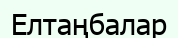
Елтаңбалар